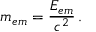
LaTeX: m _ { e m } = { \frac { E _ { e m } } { c ^ { 2 } } } \, .